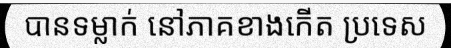
បានទម្លាក់ នៅភាគខាងកើត ប្រទេស